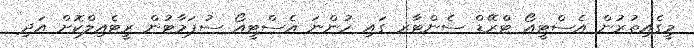
މީގެއިތުރުން އެސްޓީއޯ ޓްރޭޑް ސެންޓާރ ގައި ހުންނަ އެސްޓީއޯ ސުޕަމާޓުން ރީޓެއިލްކޮށް އަދި